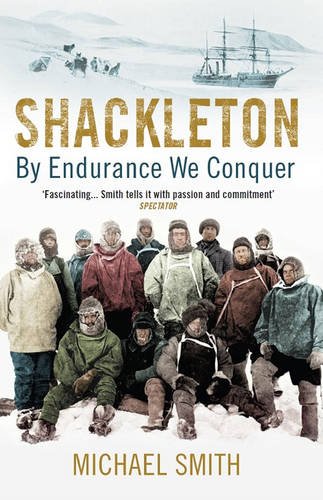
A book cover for Shackleton: By Endurance We Conquer; Michael Smith; History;